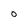
Character: O